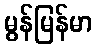
မွန်မြန်မာ